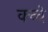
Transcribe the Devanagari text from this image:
क्च्चे